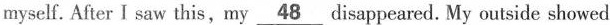
myself.After I saw this, my\underline{48}disappeared. My outside showed